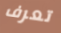
تعرف